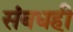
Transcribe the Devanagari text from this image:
संबधही